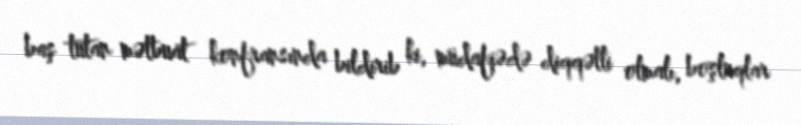
baş tutan mətbuat konfransında bildirib ki, müdafiədə diqqətli olmalı, boşluqlar